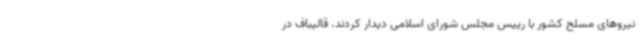
نیروهای مسلح کشور با رییس مجلس شورای اسلامی دیدار کردند. قالیباف در